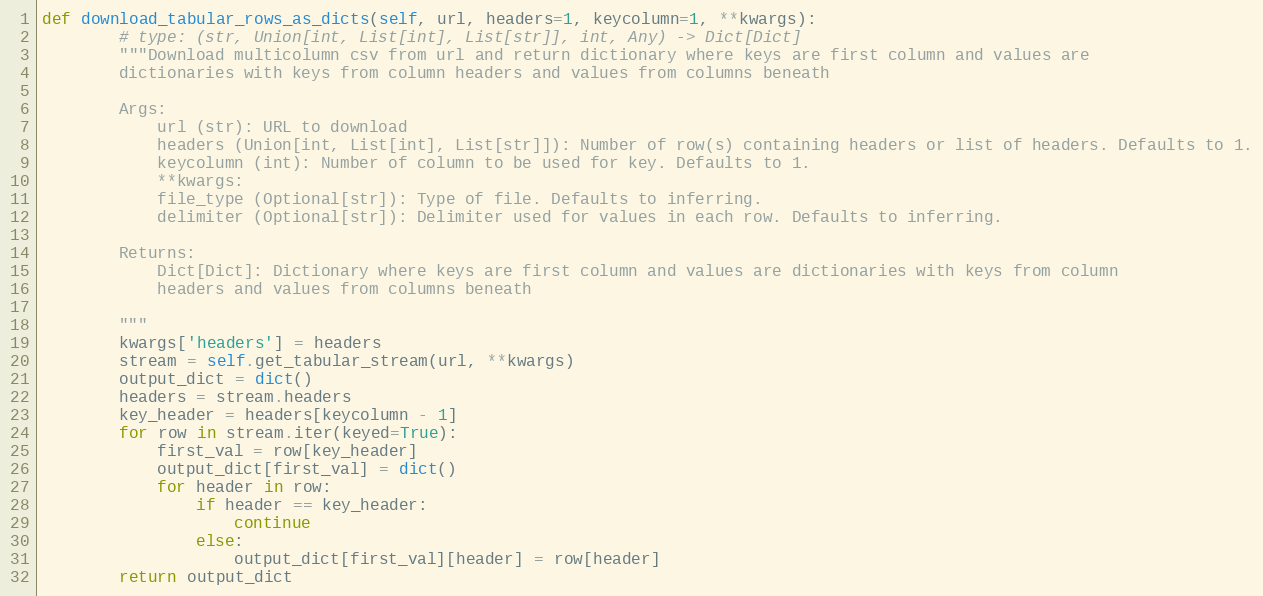
Language: Python
def download_tabular_rows_as_dicts(self, url, headers=1, keycolumn=1, **kwargs):
        # type: (str, Union[int, List[int], List[str]], int, Any) -> Dict[Dict]
        """Download multicolumn csv from url and return dictionary where keys are first column and values are
        dictionaries with keys from column headers and values from columns beneath

        Args:
            url (str): URL to download
            headers (Union[int, List[int], List[str]]): Number of row(s) containing headers or list of headers. Defaults to 1.
            keycolumn (int): Number of column to be used for key. Defaults to 1.
            **kwargs:
            file_type (Optional[str]): Type of file. Defaults to inferring.
            delimiter (Optional[str]): Delimiter used for values in each row. Defaults to inferring.

        Returns:
            Dict[Dict]: Dictionary where keys are first column and values are dictionaries with keys from column
            headers and values from columns beneath

        """
        kwargs['headers'] = headers
        stream = self.get_tabular_stream(url, **kwargs)
        output_dict = dict()
        headers = stream.headers
        key_header = headers[keycolumn - 1]
        for row in stream.iter(keyed=True):
            first_val = row[key_header]
            output_dict[first_val] = dict()
            for header in row:
                if header == key_header:
                    continue
                else:
                    output_dict[first_val][header] = row[header]
        return output_dict